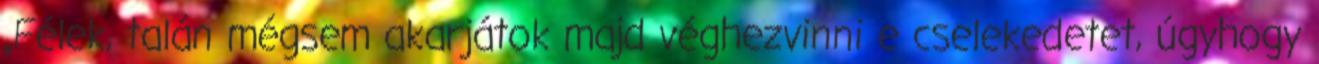
„Félek, talán mégsem akarjátok majd véghezvinni e cselekedetet, úgyhogy